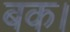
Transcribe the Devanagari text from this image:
बक।